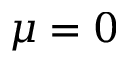
\mu = 0